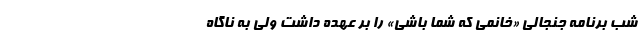
شب برنامه جنجالی «خانمی که شما باشی» را بر عهده داشت ولی به ناگاه